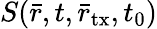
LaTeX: S(\bar{r},t,{\bar{r}_{\mathrm{tx}}},t_{0})